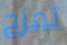
تمزح